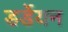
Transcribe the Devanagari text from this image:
डर्डेयन